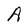
Character: A